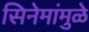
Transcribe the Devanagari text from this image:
सिनेमांमुळे